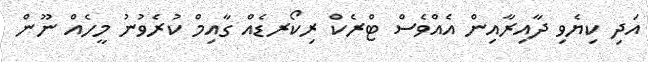
އަދި ކިޔެވި ދާއިރާއިން އެއްވެސް ޓްރެކް ރިކޯރޑެއް ގާއިމް ކުރެވުނު މީހެއް ނޫން